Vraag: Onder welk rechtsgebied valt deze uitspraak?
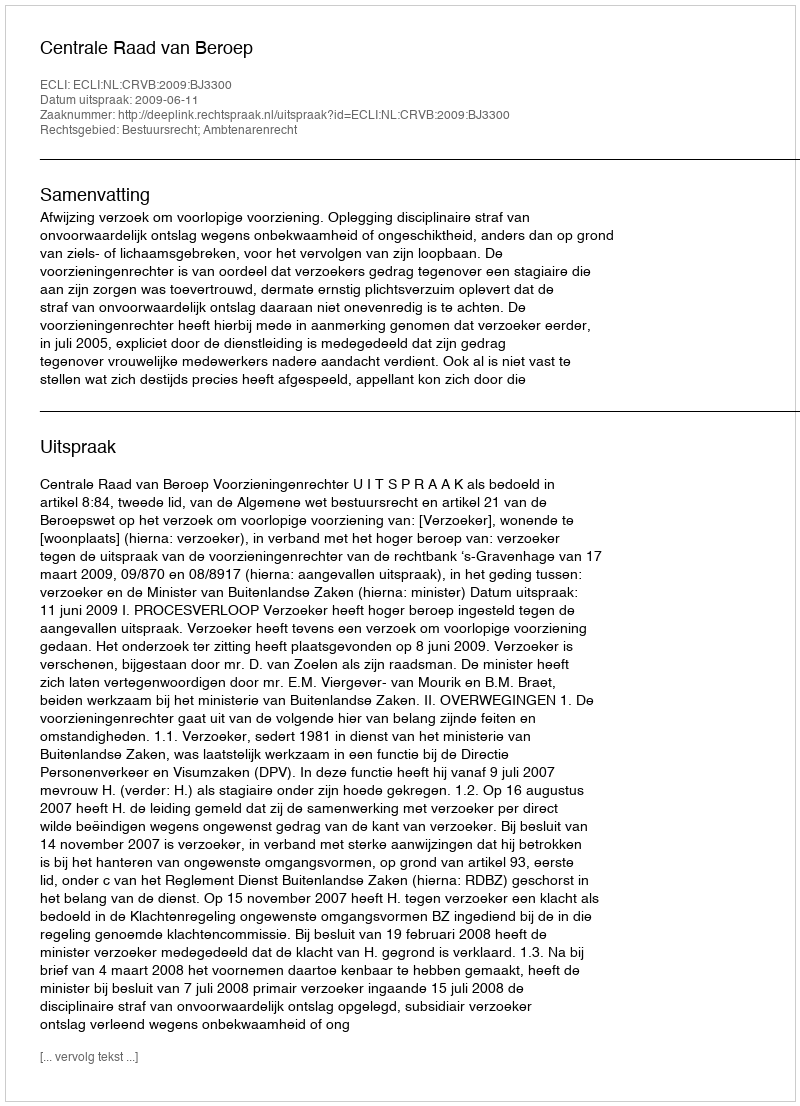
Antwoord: Bestuursrecht; Ambtenarenrecht